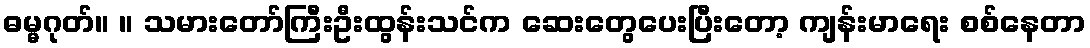
ဓမ္မဂုတ်။ ။ သမားတော်ကြီးဦးထွန်းသင်က ဆေးတွေပေးပြီးတော့ ကျန်းမာရေး စစ်နေတာ